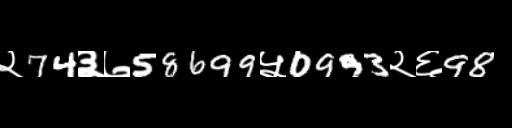
Text: २74३७58699५0993२६98